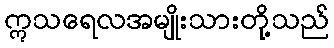
ဣသရေလအမျိုးသားတို့သည်